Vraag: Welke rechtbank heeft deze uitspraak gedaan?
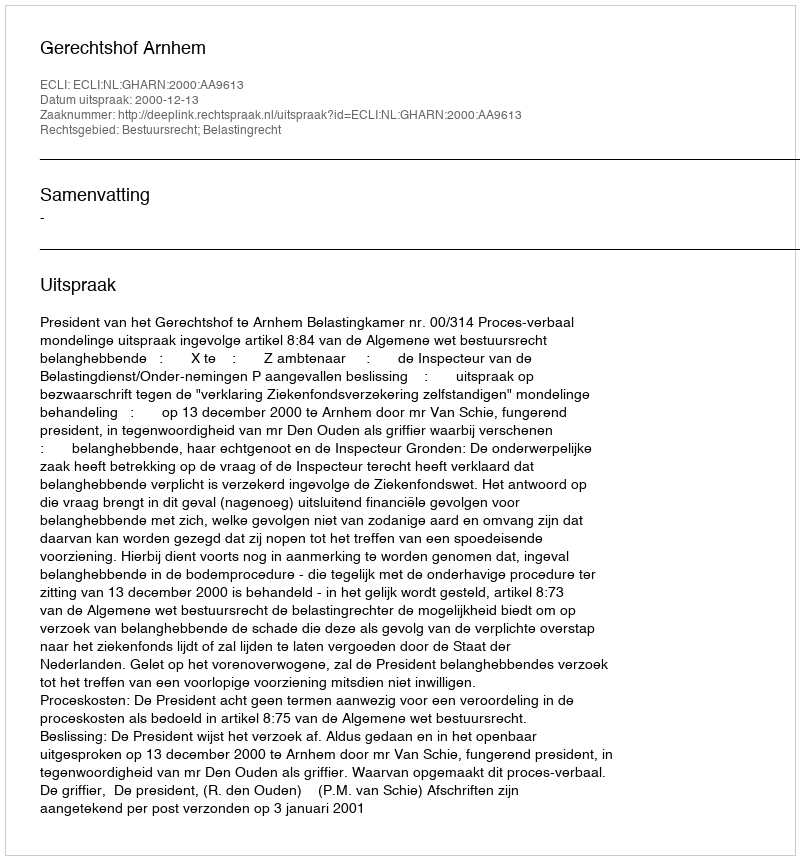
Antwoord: Gerechtshof Arnhem